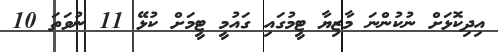
އިދިކޮޅަށް ނުކުންނަ މާޒިޔާ ޓީމުގައި ގައުމީ ޓީމަށް ކުޅޭ 11 ނުވަތަ 10